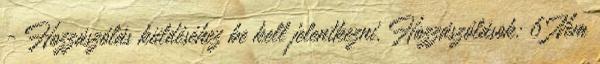
- Hozzászólás küldéséhez be kell jelentkezni. Hozzászólások: 6 Nem